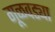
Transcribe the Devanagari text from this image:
गूळवड्या